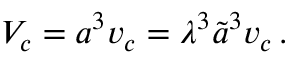
V _ { c } = a ^ { 3 } v _ { c } = \lambda ^ { 3 } \tilde { a } ^ { 3 } v _ { c } \, .